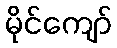
မိုင်ကျော်